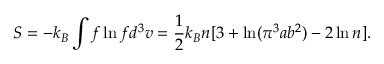
S = - k _ { B } \int f \ln f d ^ { 3 } v = \frac { 1 } { 2 } k _ { B } n [ 3 + \ln ( \pi ^ { 3 } a b ^ { 2 } ) - 2 \ln n ] .